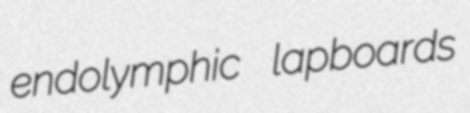
endolymphic lapboards